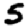
Digit: 5